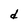
Character: d